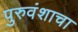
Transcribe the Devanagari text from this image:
पुरुवंशाचा